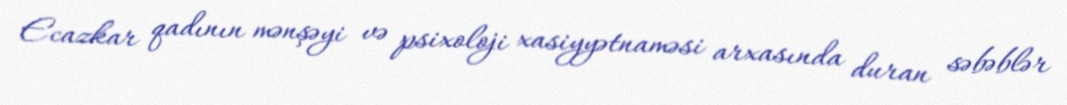
Ecazkar qadının mənşəyi və psixoloji xasiyyətnaməsi arxasında duran səbəblər